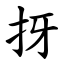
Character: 㧎